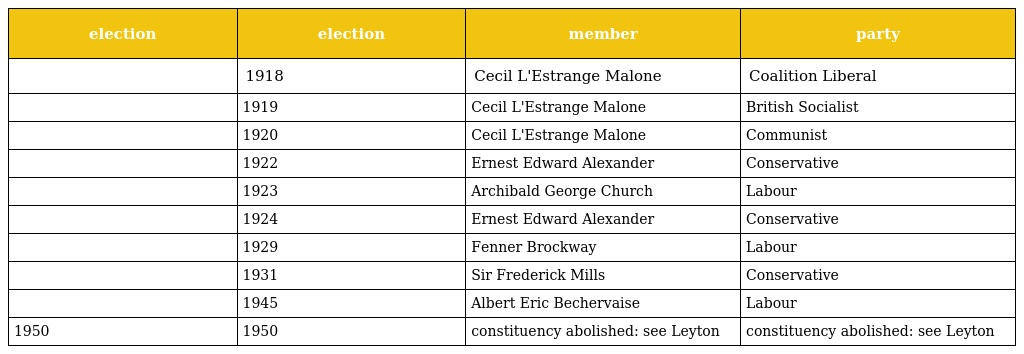
| election | election | member | party |
 | --- | --- | --- | --- |
 |  | 1918 | Cecil L'Estrange Malone | Coalition Liberal |
 |  | 1919 | Cecil L'Estrange Malone | British Socialist |
 |  | 1920 | Cecil L'Estrange Malone | Communist |
 |  | 1922 | Ernest Edward Alexander | Conservative |
 |  | 1923 | Archibald George Church | Labour |
 |  | 1924 | Ernest Edward Alexander | Conservative |
 |  | 1929 | Fenner Brockway | Labour |
 |  | 1931 | Sir Frederick Mills | Conservative |
 |  | 1945 | Albert Eric Bechervaise | Labour |
 | 1950 | 1950 | constituency abolished: see Leyton | constituency abolished: see Leyton |